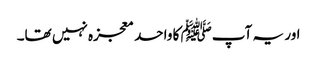
اور یہ آپﷺ کا واحد معجزہ نہیں تھا۔